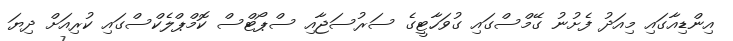
އިންޑިއާގައި މިއަދު ފެށުނު ގޭމްސްގައި ގުވަހާޓީގެ ސަރުސަޖާއި ސްޕޯޓްސް ކޮމްޕްލެކްސްގައި ކުރިއަށް ދިޔަ